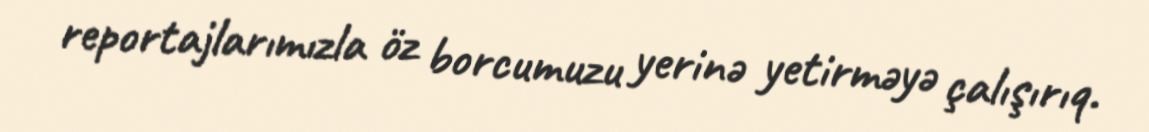
reportajlarımızla öz borcumuzu yerinə yetirməyə çalışırıq.